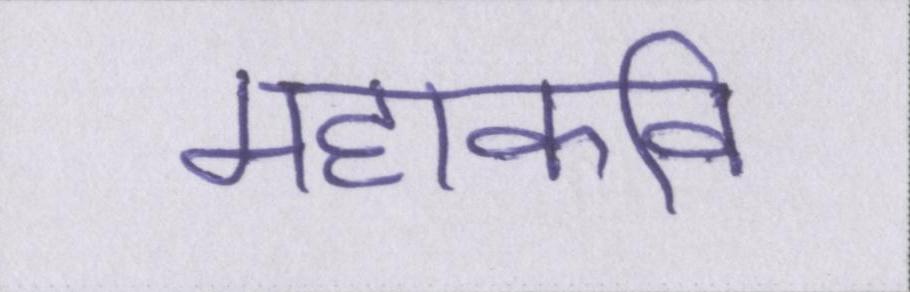
महाकवि